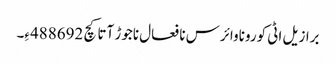
برازیل اٹی کوروناوائرس نا فعال ناجوڑ آتا کچ 488692ءِ۔